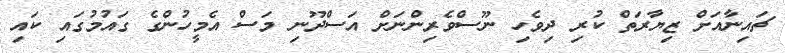
ޗައިނާއަށް ޒިޔާރަތް ކުރި ދިވެހި ނޫސްވެރިންނަށް އަސްދޫނި މަސް އެމީހުންގެ ގައުމުގައި ކައި